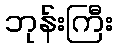
ဘုန်းကြီး